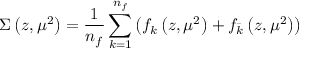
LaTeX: \Sigma \left( z , \mu ^ { 2 } \right) = \frac { 1 } { n _ { f } } \sum _ { k = 1 } ^ { n _ { f } } \left( f _ { k } \left( z , \mu ^ { 2 } \right) + f _ { \bar { k } } \left( z , \mu ^ { 2 } \right) \right)